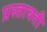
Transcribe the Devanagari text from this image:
प्रस्तावती